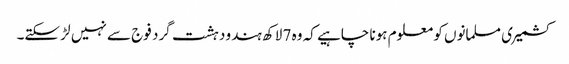
کشمیری مسلمانوں کو معلوم ہونا چاہیے کہ وہ 7 لاکھ ہندو دہشت گرد فوج سے نہیں لڑ سکتے۔